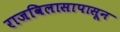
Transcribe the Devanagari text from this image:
राजविलासापासून